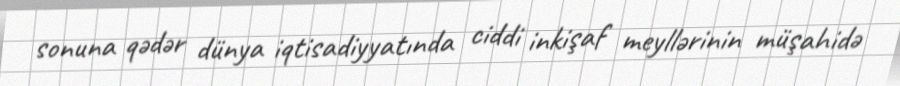
sonuna qədər dünya iqtisadiyyatında ciddi inkişaf meyllərinin müşahidə